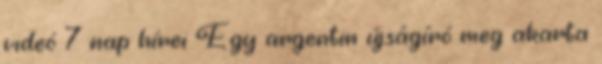
videó 7 nap hírei Egy argentin újságíró meg akarta